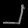
Digit: ၂